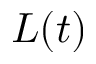
L ( t )